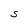
Character: S